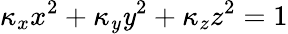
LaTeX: \kappa_{x}x^{2}+\kappa_{\mathit{y}}\mathit{y}^{2}+\kappa_{z}z^{2}=1